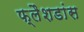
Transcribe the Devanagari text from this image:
फ्लैशडांस